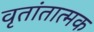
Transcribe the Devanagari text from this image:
वृतांतात्मक